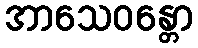
အာသေဝန္တော